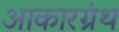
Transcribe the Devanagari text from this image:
आकारग्रंथ